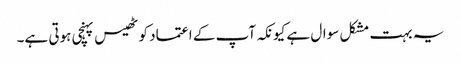
یہ بہت مشکل سوال ہے کیونکہ آپ کے اعتماد کو ٹھیس پہنچی ہوتی ہے۔